Report of the Indian Hemp Drugs Commission, 1894-1895 - Volume VII
Year: 1894
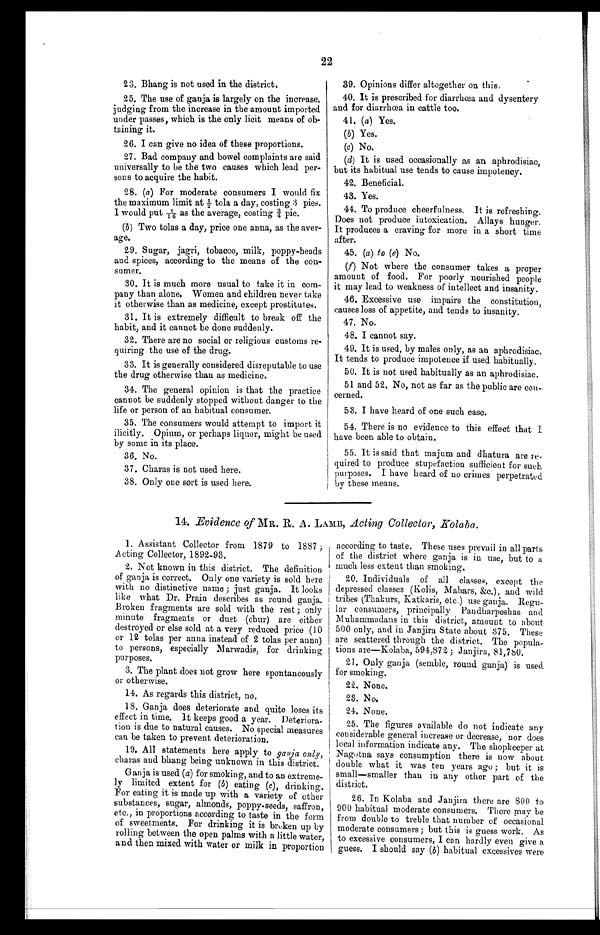
22
23. Bhang is not used in the district.
25. The use of ganja is largely on the increase,
judging from the increase in the amount imported
under passes, which is the only licit means of ob
-
taining it.
26. I can give no idea of these proportions.
27. Bad company and bowel complaints are said
universally to be the two causes which lead per
-
sons to acquire the habit.
28. (a ) For moderate consumers I would fix
the maximum limit at ½ tola a day, costing 3 pies.
I would put 1/16 as the average, costing ¾ pie.
( b ) Two tolas a day, price one anna, as the aver
-
age.
2 9 . S u g a r , j a g r i , t o b a c c o , m i l k , p o p p y - h e a d s
and spices, according to the means of the con
-
sumer.
30. It is much more usual to take it in com
-
pany than alone. Women and children never take
it otherwise than as medicine, except prostitutes.
31. It is extremely difficult to break off the
habit, and it cannot be done suddenly.
32. There are no social or religious customs re
-
quiring the use of the drug.
33. It is generally considered disreputable to use
the drug otherwise than as medicine.
34. The general opinion is that the practice
cannot be suddenly stopped without danger to the
life or person of an habitual consumer.
35. The consumers would attempt to import it
ilicitly. Opium, or perhaps liquor, might be used
by some in its place.
36. No.
37. Charas is not used here.
38. Only one sort is used here.
39. Opinions differ altogether on this.
40. It is prescribed for diarrhœa and dysentery
and for diarrhœa in cattle too.
41. ( a) Yes.
(b) Yes.
(c) No.
(d) It is used occasionally as an aphrodisiac,
but its habitual use tends to cause impotency.
42. Beneficial.
43. Yes.
44. To produce cheerfulness. It is refreshing.
Does not produce intoxication. Allays hunger.
It produces a craving for more in a short time
after.
45. (a) to ( e) No.
(f) Not where the consumer takes a proper
amount of food. For poorly nourished people
it may lead to weakness of intellect and insanity.
46. Excessive use impairs the constitution,
causes loss of appetite, and tends to insanity.
47. No.
48. I cannot say.
49. It is used, by males only, as an aphrodisiac.
It tends to produce impotence if used habitually.
50. It is not used habitually as an aphrodisiac.
51 and 52. No, not as far as the public are con
-cerned.
53. I have heard of one such case.
54. There is no evidence to this effect that I
have been able to obtain.
55. It is said that majum and dhatura are re
-
quired to produce stupefaction sufficient for such
purposes. I have heard of no crimes perpetrated
by these means.
14. Evidence of MR. R. A. LAMB, Acting Collector, Kolaba.
1. Assistant Collector from 1879 to 1887 ;
Acting Collector, 1892-93.
2. Not known in this district. The definition
of ganja is correct. Only one variety is sold here
with no distinctive name ; just ganja. It looks
like what Dr. Prain describes as round ganja.
Broken fragments are sold with the rest ; only
minute fragments or dust (chur) are either
destroyed or else sold at a very reduced price (10
or 12 tolas per anna instead of 2 tolas per anna)
to persons, especially Marwadis, for drinking
purposes.
3. The plant does not grow here spontaneously
or otherwise.
14. As regards this district, no.
18. Ganja does deteriorate and quite loses its
effect in time. It keeps good a year. Deteriora
-
tion is due to natural causes. No special measures
can be taken to prevent deterioration.
19. All statements here apply to ganja only,
charas and bhang being unknown in this district.
Ganja is used ( a) for smoking, and to an extreme
-
ly limited extent for ( b ) eating ( c), drinking.
For eating it is made up with a variety of other
substances, sugar, almonds, poppy-seeds, saffron,
etc., in proportions according to taste in the form
of sweetmeats. For drinking it is broken up by
rolling between the open palms with a little water,
and then mixed with water or milk in proportion
according to taste. These uses prevail in all parts
of the district where ganja is in use, but to a
much less extent than smoking.
20. Individuals of all classes, except the
depressed classes (Kolis, Mahars, &c.), and wild
tribes (Thakurs, Katkaris, etc.) use ganja. Regu
-
lar consumers, principally Paudharpeshas and
Muhammadans in this district, amount to about
500 only, and in Janjira State about 375. These
are scattered through the district. The popula
-
tions are—Kolaba, 594,872 ; Janjira, 81,780.
21. Only ganja (semble, round ganja) is used,
for smoking.
22. None.
23. No.
24. None.
25. The figures available do not indicate any
considerable general increase or decrease, nor does
local information indicate any. The shopkeeper at
Nagotna says consumption there is now about
double what it was ten years ago ; but it is
small—smaller than in any other part of the
district.
26. In Kolaba and Janjira there are 800 to
900 habitual moderate consumers. There may be
from double to treble that number of occasional
moderate consumers ; but this is guess work. As
to excessive consumers, I con hardly even give a
guess. I should say ( b ) habitual excessives were